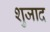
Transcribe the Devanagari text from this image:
शुजाद